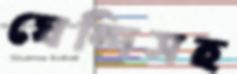
ঘেন্দিসহ